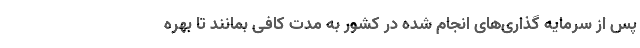
پس از سرمایه گذاری‌های انجام شده در کشور به مدت کافی بمانند تا بهره